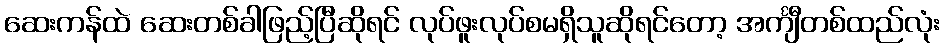
ဆေးကန်ထဲ ဆေးတစ်ခါဖြည့်ပြီဆိုရင် လုပ်ဖူးလုပ်စမရှိသူဆိုရင်တော့ အင်္ကျီတစ်ထည်လုံး